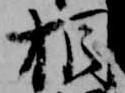
相